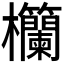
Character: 𪴧